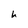
Character: h